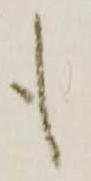
も